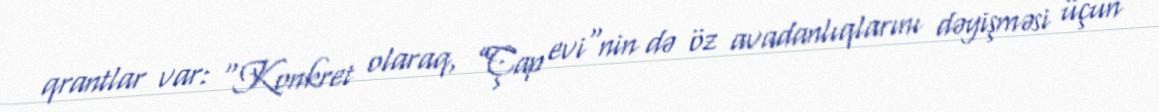
qrantlar var: “Konkret olaraq, ”Çap evi"nin də öz avadanlıqlarını dəyişməsi üçün